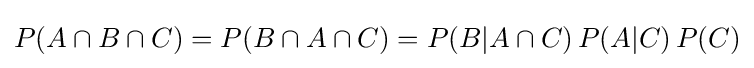
P(A\cap B\cap C)=P(B\cap A\cap C)=P(B\vert A\cap C)\,P(A\vert C)\,P(C)